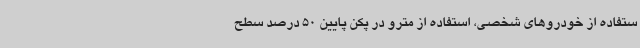
ستفاده از خودروهای شخصی، استفاده از مترو در پکن پایین 50 درصد سطح